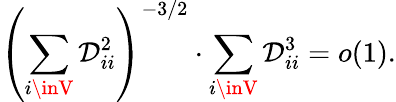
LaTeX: \displaystyle\left(\sum_{i\inV}\mathcal{D}_{ii}^{2}\right)^{-3/2}\cdot\sum_{i\inV}\mathcal{D}_{ii}^{3}=o(1).